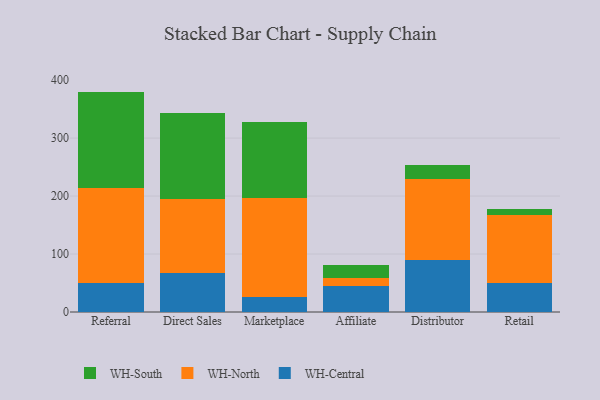
{"axis": {"x": "Channel", "y": "Bounce Rate (%)"}, "legend": ["WH-Central", "WH-North", "WH-South"], "data": [{"x": "Referral", "y": 49.2, "type": "WH-Central"}, {"x": "Referral", "y": 163.9, "type": "WH-North"}, {"x": "Referral", "y": 167.1, "type": "WH-South"}, {"x": "Direct Sales", "y": 67.8, "type": "WH-Central"}, {"x": "Direct Sales", "y": 127.0, "type": "WH-North"}, {"x": "Direct Sales", "y": 148.9, "type": "WH-South"}, {"x": "Marketplace", "y": 25.6, "type": "WH-Central"}, {"x": "Marketplace", "y": 170.3, "type": "WH-North"}, {"x": "Marketplace", "y": 132.7, "type": "WH-South"}, {"x": "Affiliate", "y": 44.5, "type": "WH-Central"}, {"x": "Affiliate", "y": 13.6, "type": "WH-North"}, {"x": "Affiliate", "y": 22.8, "type": "WH-South"}, {"x": "Distributor", "y": 90.3, "type": "WH-Central"}, {"x": "Distributor", "y": 140.0, "type": "WH-North"}, {"x": "Distributor", "y": 23.2, "type": "WH-South"}, {"x": "Retail", "y": 50.8, "type": "WH-Central"}, {"x": "Retail", "y": 116.5, "type": "WH-North"}, {"x": "Retail", "y": 9.9, "type": "WH-South"}]}